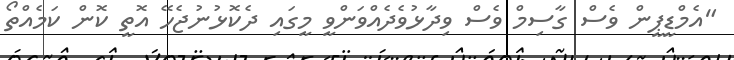
"އެމްޑީޕީން ވެސް ގާސިމް ވެސް ވިދާޅުވެދެއްވަންވީ މީގައި ދެކޮޅުނުޖެހޭ އޮތީ ކޮން ކަމެއްތޯ